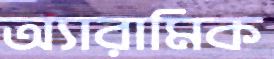
অ্যারামিক